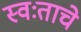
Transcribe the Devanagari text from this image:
स्वःताचे